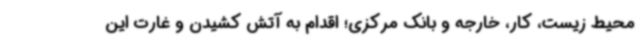
محیط زیست، کار، خارجه و بانک مرکزی؛ اقدام به آتش کشیدن و غارت این